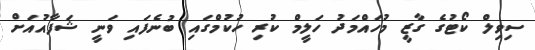
ސިވިލް ކޯޓުގެ ގާޒީ މުހައްމަދު ހަލީމް ކުރި ހުކުމްގައި ބުނެފައި ވަނީ ޝަފާއުއަށް